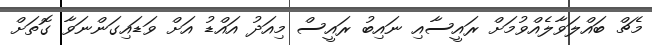
މެޗް ބައްލަވާލެއްވުމަށް ރައީސާއި ނައިބު ރައީސް މިއަދު އައްޑު އަށް ވަޑައިގަންނަވާ ގޮތަށް